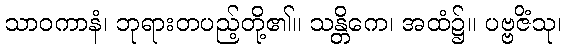
သာဝကာနံ၊ ဘုရားတပည့်တို့၏။ သန္တိကေ၊ အထံ၌။ ပဗ္ဗဇိံသု၊